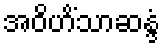
အဝိဟိံသာဆန္ဒံ